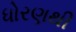
ધોરણથી